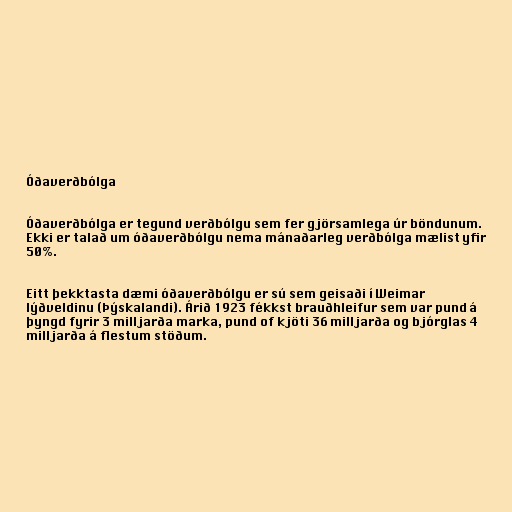
Óðaverðbólga

Óðaverðbólga er tegund verðbólgu sem fer gjörsamlega úr böndunum.
Ekki er talað um óðaverðbólgu nema mánaðarleg verðbólga mælist yfir
50%.

Eitt þekktasta dæmi óðaverðbólgu er sú sem geisaði í Weimar
lýðveldinu (Þýskalandi). Árið 1923 fékkst brauðhleifur sem var pund á
þyngd fyrir 3 milljarða marka, pund of kjöti 36 milljarða og bjórglas 4
milljarða á flestum stöðum.